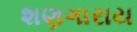
શણગારાય